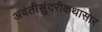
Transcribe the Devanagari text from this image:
अवंतीसुंदरीकथासार